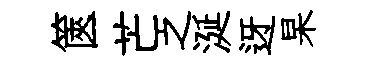
篋芒之涎迓杲